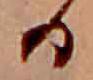
る